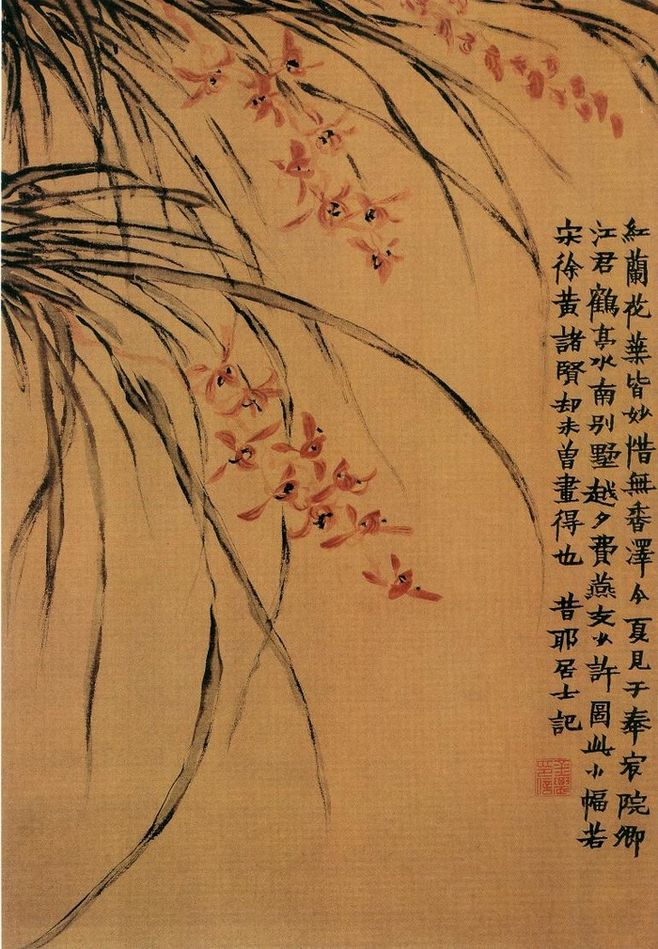
此际闲愁郎不共，月移窗罅春寒重。